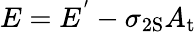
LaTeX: E=E^{'}-\sigma_{\mathrm{{2S}}}A_{\mathrm{{t}}}